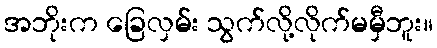
အဘိုးက ခြေလှမ်း သွက်လို့လိုက်မမှီဘူး။